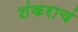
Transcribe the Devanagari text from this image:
शंकराचं